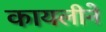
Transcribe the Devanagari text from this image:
कायलीने